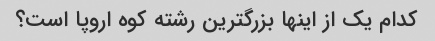
کدام یک از اینها بزرگترین رشته کوه اروپا است؟